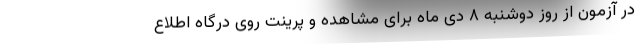
در آزمون از روز دوشنبه ۸ دی ماه برای مشاهده و پرینت روی درگاه اطلاع